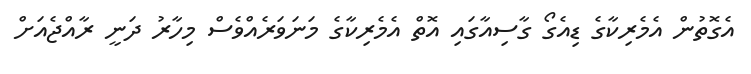
އެގޮތުން އެމެރިކާގެ ޑިއެގޯ ގާސިއާގައި އޮތް އެމެރިކާގެ މަނަވަރެއްވެސް މިހާރު ދަނީ ރާއްޖެއަަށް